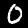
Digit: 0